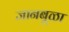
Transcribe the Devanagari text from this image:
जानबूळा